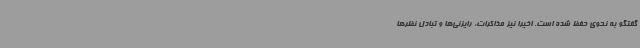
گفتگو به نحوی حفظ شده است. اخیرا نیز مذاکرات، رایزنی‌ها و تبادل نظرها